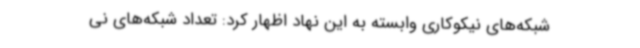
شبکه‌های نیکوکاری وابسته به این نهاد اظهار کرد: تعداد شبکه‌های نی